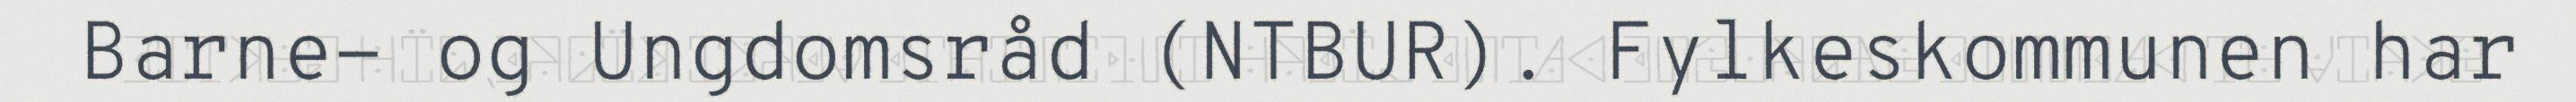
Barne- og Ungdomsråd (NTBUR). Fylkeskommunen har